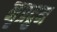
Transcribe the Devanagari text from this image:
नृप्रद्रुम